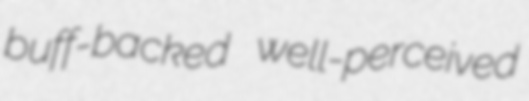
buff-backed well-perceived